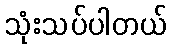
သုံးသပ်ပါတယ်